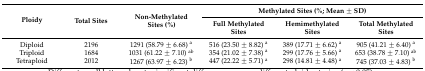
<table><thead><tr><td rowspan="2"><b>Ploidy</b></td><td rowspan="2"><b>Total Sites</b></td><td rowspan="2"><b>Non-Methylated Sites (%)</b></td><td colspan="3"><b>Methylated Sites (%; Mean ± SD)</b></td></tr><tr><td><b>Full Methylated Sites</b></td><td><b>Hemimethylated Sites</b></td><td><b>Total Methylated Sites</b></td></tr></thead><tbody><tr><td>Diploid</td><td>2196</td><td>1291 (58.79 ± 6.68) <sup>a</sup></td><td>516 (23.50 ± 8.82) <sup>a</sup></td><td>389 (17.71 ± 6.62) <sup>a</sup></td><td>905 (41.21 ± 6.40) <sup>a</sup></td></tr><tr><td>Triploid</td><td>1684</td><td>1031 (61.22 ± 7.10) <sup>ab</sup></td><td>354 (21.02 ± 7.38) <sup>a</sup></td><td>299 (17.76 ± 5.66) <sup>a</sup></td><td>653 (38.78 ± 7.10) <sup>ab</sup></td></tr><tr><td>Tetraploid</td><td>2012</td><td>1267 (63.97 ± 6.23) <sup>b</sup></td><td>447 (22.22 ± 5.71) <sup>a</sup></td><td>298 (14.81 ± 4.48) <sup>a</sup></td><td>745 (37.03 ± 4.83) <sup>b</sup></td></tr></tbody></table>